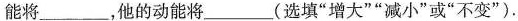
能将___，他的动能将___(选填“增大”“减小”或“不变”).